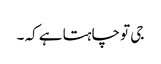
جی تو چاہتا ہے کہ ۔